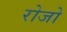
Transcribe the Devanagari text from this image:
रोजो